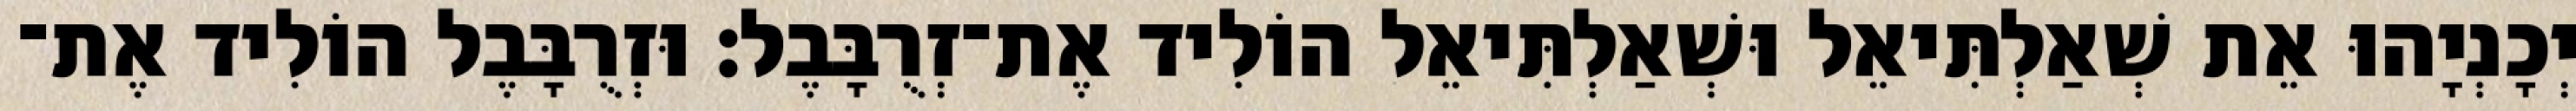
יְכָנְיָהוּ אֵת שְׁאַלְתִּיאֵל וּשְׁאַלְתִּיאֵל הוֹלִיד אֶת־זְרֻבָּבֶל׃ וּזְרֻבָּבֶל הוֹלִיד אֶת־